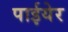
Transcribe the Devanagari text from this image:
पाईयेर